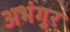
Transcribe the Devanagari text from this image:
अभंगुर